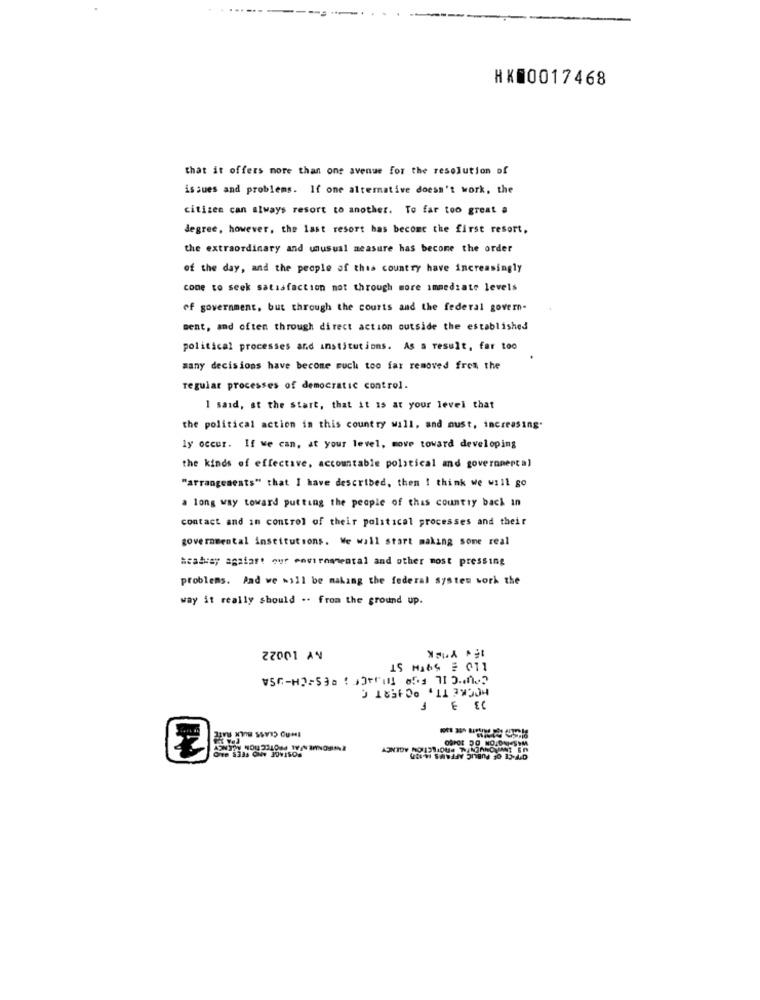
HK00017468
that it offers more than one avenue for the resolution of
issues and problems. If one alternative doesn't work, the
citizen can always resort to another. To far too great a
degree, however, the last resort has become the first resort,
the extraordinary and unusual measure has become the order
of the day, and the people of this country have increasingly
come to seek satisfaction not through more immediate levels
of government, but through the courts and the federal govern-
ment, and often through direct action outside the established
political processes and institutions. As a result, far too
many decisions have become much too far removed from the
regular processes of democratic control.
I said, at the start, that it 15 at your level that
the political action in this country will, and must, increasing.
ly occur. If we can, at your level, move toward developing
the kinds of effective, accountable political and governmental
"arrangements" that I have described, then ! think we will go
a long way toward putting the people of this country back in
contact and in control of their political processes and their
governmental institutions. We will start making some real
#cabray against our environmental and other most pressing
problems. Pad we will be making the federal systes work the
way it really should .. from the ground up.
22001 AN
IS HI64 5 011
V5G-H2=530 : Deful os 11 0.2
HOCKE TT, OCHERT C
JE E
Z
Ove 83as ONw 30V1505